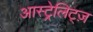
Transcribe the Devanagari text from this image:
आस्ट्रेलिट्ज़